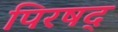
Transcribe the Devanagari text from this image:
पिरषद्